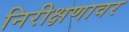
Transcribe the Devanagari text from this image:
निरीक्षणावर